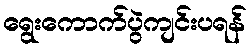
ရွေးကောက်ပွဲကျင်းပရန်